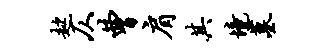
趑仄曹肩其境墓